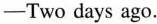
—Two days ago.